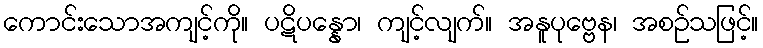
ကောင်းသောအကျင့်ကို။ ပဋိပန္နော၊ ကျင့်လျက်။ အနူပုဗ္ဗေန၊ အစဉ်သဖြင့်။